Vaccine operations Central Provinces & Berar 1912-1920 - 1912-1920
Year: 1912
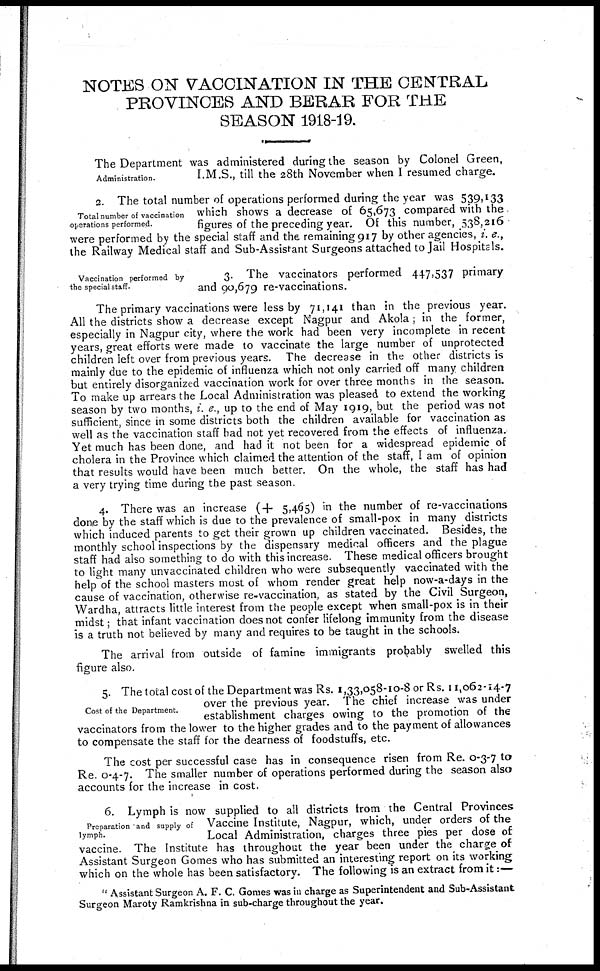
NOTES ON VACCINATION IN THE CENTRAL
PROVINCES AND BERAR FOR THE
SEASON 1918-19.
Administration.
The Department was administered during the season by Colonel Green,
I.M.S., till the 28th November when I resumed charge.
Total number of vaccination
operations performed.
2. The total number of operations performed during the year was 539,133
which shows a decrease of 65,673 compared with the
figures of the preceding year. Of this number, 538,216
were performed by the special staff and the remaining 917 by other agencies, i. e.,
the Railway Medical staff and Sub-Assistant Surgeons attached to Jail Hospitals.
Vaccination performed by
the special staff .
3. The vaccinators performed 447,537 primary
and 90,679 re-vaccinations.
The primary vaccinations were less by 71,141 than in the previous year.
All the districts show a decrease except Nagpur and Akola; in the former,
especially in Nagpur city, where the work had been very incomplete in recent
years, great efforts were made to vaccinate the large number of unprotected
children left over from previous years. The decrease in the other districts is
mainly due to the epidemic of influenza which not only carried off many children
but entirely disorganized vaccination work for over three months in the season.
To make up arrears the Local Administration was pleased to extend the working
season by two months, i. e., up to the end of May 1919, but the period was not
sufficient, since in some districts both the children available for vaccination as
well as the vaccination staff had not yet recovered from the effects of influenza.
Yet much has been done, and had it not been for a widespread epidemic of
cholera in the Province which claimed the attention of the staff, I am of opinion
that results would have been much better. On the whole, the staff has had
a very trying time during the past season.
4. There was an increase (+ 5,465) in the number of re-vaccinations
done by the staff which is due to the prevalence of small-pox in many districts
which induced parents to get their grown up children vaccinated. Besides, the
monthly school inspections by the dispensary medical officers and the plague
staff had also something to do with this increase. These medical officers brought
to light many unvaccinated children who were subsequently vaccinated with the
help of the school masters most of whom render great help now-a-days in the
cause of vaccination, otherwise re-vaccination, as stated by the Civil Surgeon,
Wardha, attracts little interest from the people except when small-pox is in their
midst; that infant vaccination does not confer lifelong immunity from the disease
is a truth not believed by many and requires to be taught in the schools.
The arrival from outside of famine immigrants probably swelled this
figure also.
Cost of the Department.
5. The total cost of the Department was Rs. 1,33,058-10-8 or Rs. 11,062-14-7
over the previous year. The chief increase was under
establishment charges owing to the promotion of the
vaccinators from the lower to the higher grades and to the payment of allowances
to compensate the staff for the dearness of foodstuffs, etc.
The cost per successful case has in consequence risen from Re. 0-3-7 to
Re. 0-4-7. The smaller number of operations performed during the season also
accounts for the increase in cost.
Preparation and supply of
lymph.
6. Lymph is now supplied to all districts from the Central Provinces
Vaccine Institute, Nagpur, which, under orders of the
Local Administration, charges three pies per dose of
vaccine. The Institute has throughout the year been under the charge of
Assistant Surgeon Gomes who has submitted an interesting report on its working
which on the whole has been satisfactory. The following is an extract from it :—
" Assistant Surgeon A. F. C. Gomes was in charge as Superintendent and Sub-Assistant
Surgeon Maroty Ramkrishna in sub-charge throughout the year.